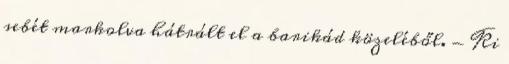
sebét markolva hátrált el a barikád közeléből. - Ki